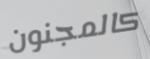
كالمجنون